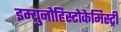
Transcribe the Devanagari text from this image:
इम्युनोहिस्टोकेमिस्ट्री